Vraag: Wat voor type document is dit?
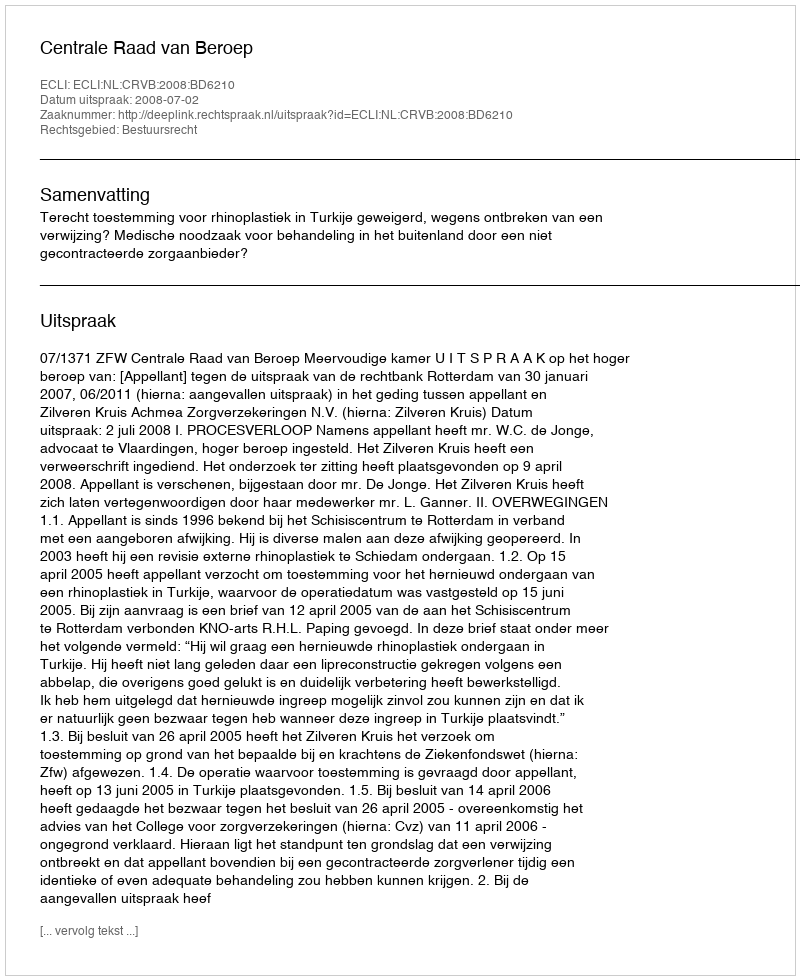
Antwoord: Uitspraak